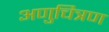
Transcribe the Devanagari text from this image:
अणुचित्रण